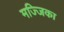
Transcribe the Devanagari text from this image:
मज्जिका